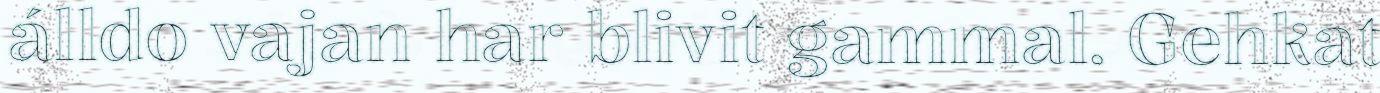
álldo vajan har blivit gammal. Gehkat